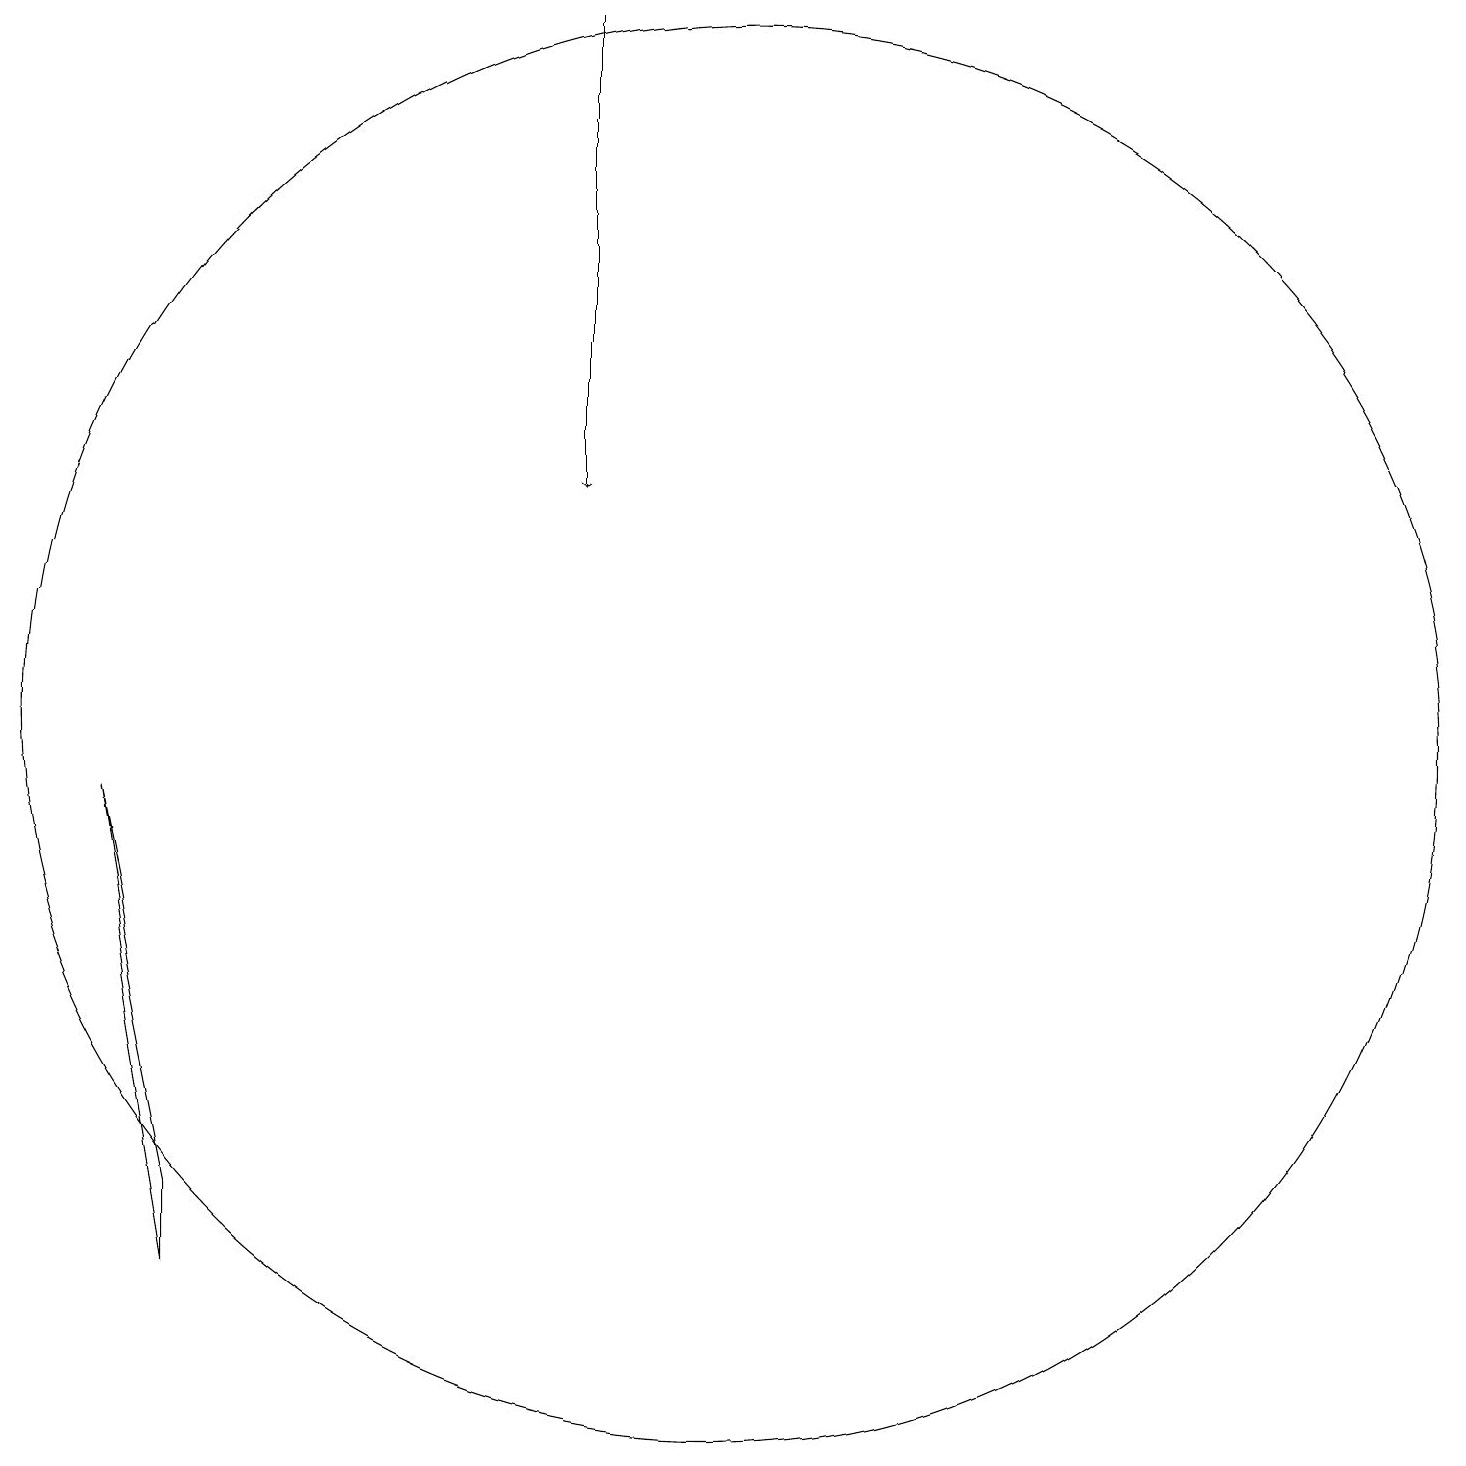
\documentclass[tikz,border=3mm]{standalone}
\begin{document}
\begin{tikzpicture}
\draw (4,4) -- (3,9) -- (4,3) -- cycle;
\draw (11,10) circle (9);
\draw[->] (9,19) -- (9,13);
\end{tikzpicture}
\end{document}